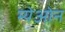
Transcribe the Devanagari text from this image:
म्येओन